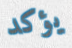
يؤكد